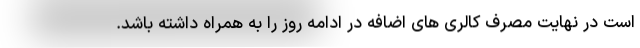
است در نهایت مصرف کالری های اضافه در ادامه روز را به همراه داشته باشد.